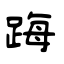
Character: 踇